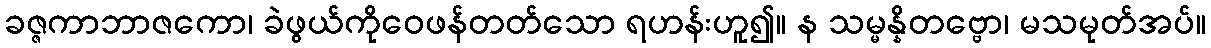
ခဇ္ဇကာဘာဇကော၊ ခဲဖွယ်ကိုဝေဖန်တတ်သော ရဟန်းဟူ၍။ န သမ္မန္နိတဗ္ဗော၊ မသမုတ်အပ်။